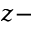
z -